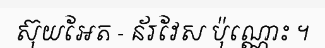
ស៊ុយអែត - ន័រវែស ប៉ុណ្ណោះ ។